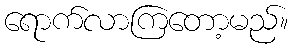
ရောက်လာကြတော့မည်။